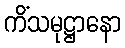
ကိံသမုဋ္ဌာနော